Annual report of the Punjab Veterinary College and of the Civil Veterinary Department, Punjab - 1926-1932
Year: 1926
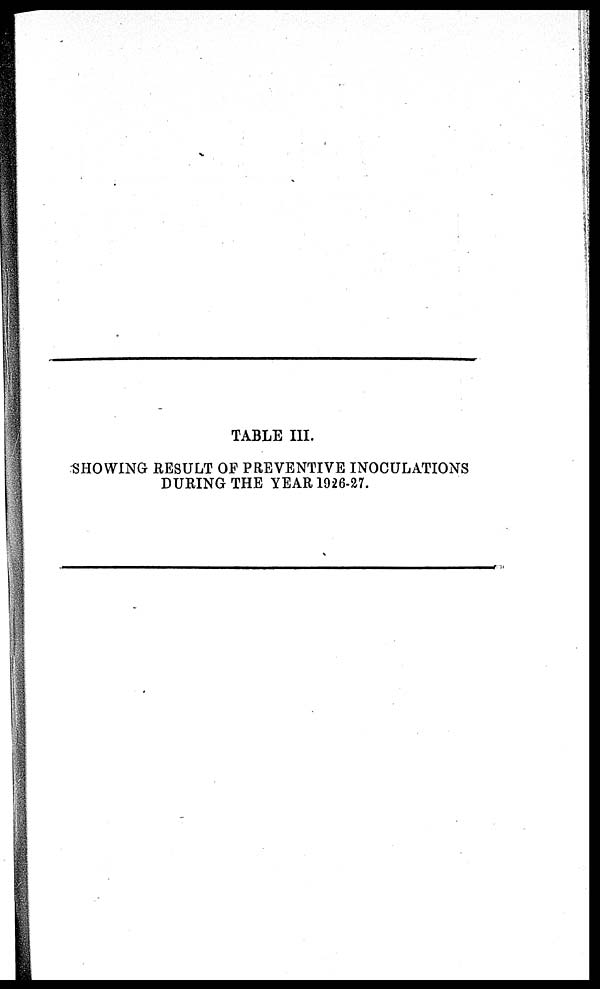
TABLE III.
SHOWING RESULT OF PREVENTIVE INOCULATIONS
DURING THE YEAR 1926-27.